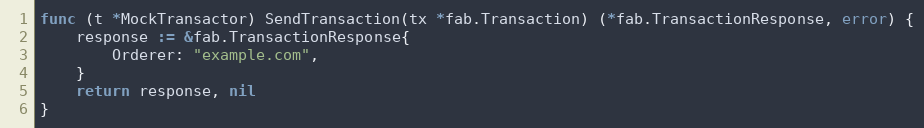
Language: Go
func (t *MockTransactor) SendTransaction(tx *fab.Transaction) (*fab.TransactionResponse, error) {
	response := &fab.TransactionResponse{
		Orderer: "example.com",
	}
	return response, nil
}